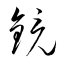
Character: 鏡